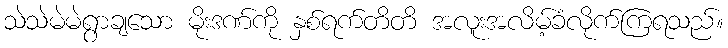
သဲသဲမဲမဲရွာချသော မိုးဒဏ်ကို နှစ်ရက်တိတိ အလူးအလိမ့်ခံလိုက်ကြရသည်။